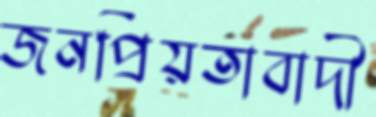
জনপ্রিয়তাবাদী